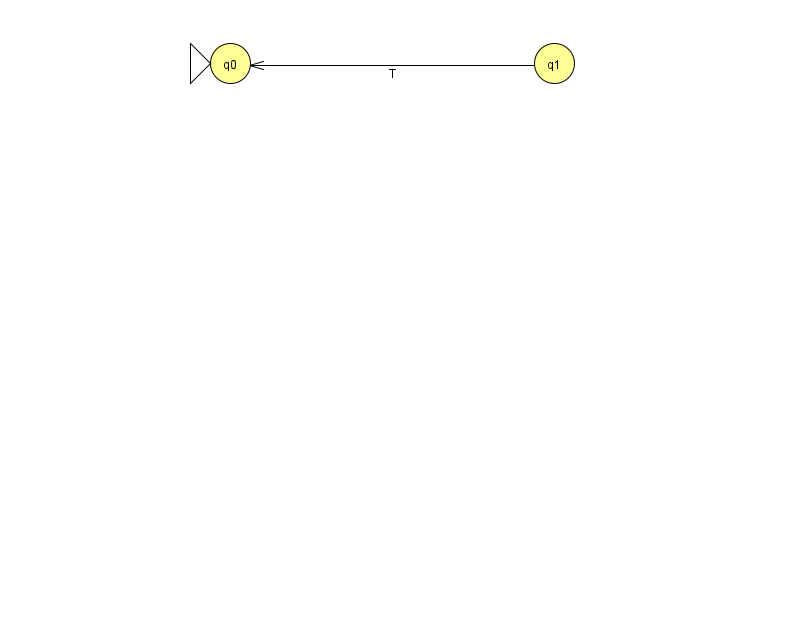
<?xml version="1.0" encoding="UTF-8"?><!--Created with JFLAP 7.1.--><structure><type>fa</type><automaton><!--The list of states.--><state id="0" name="q0"><x>230.0</x><y>50.0</y><initial/></state><state id="1" name="q1"><x>554.0</x><y>50.0</y></state><!--The list of transitions.--><transition><from>1</from><to>0</to><read>T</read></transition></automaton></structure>